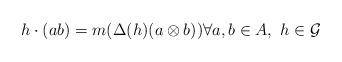
LaTeX: \begin{align*}h\cdot(ab)=m(\Delta(h)(a\otimes b)) \forall a,b\in A, \ h\in \mathcal{G}\end{align*}